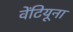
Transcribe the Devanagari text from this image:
वेंटियूना